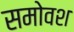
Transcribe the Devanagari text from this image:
समोवश